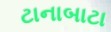
ટાનાબાટા